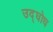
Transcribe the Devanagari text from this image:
उद्घोध